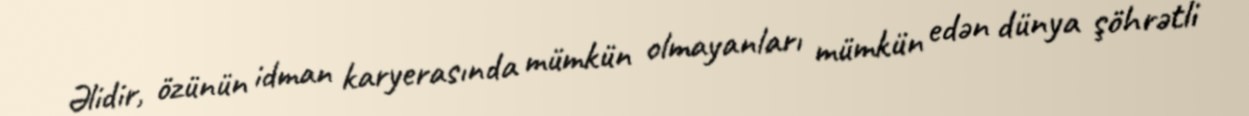
Əlidir, özünün idman karyerasında mümkün olmayanları mümkün edən dünya şöhrətli